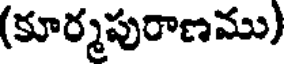
(కూర్మపురాణము)